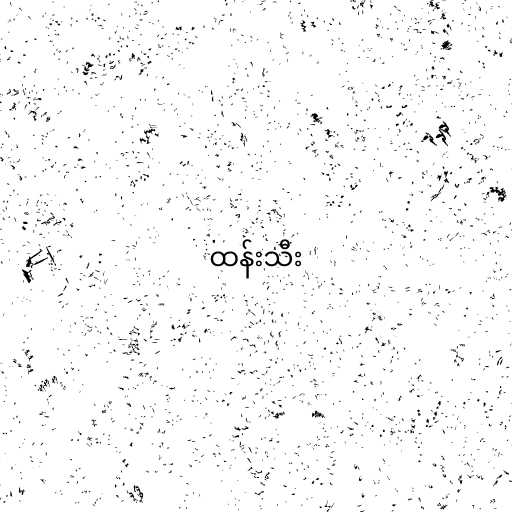
ထန်းသီး